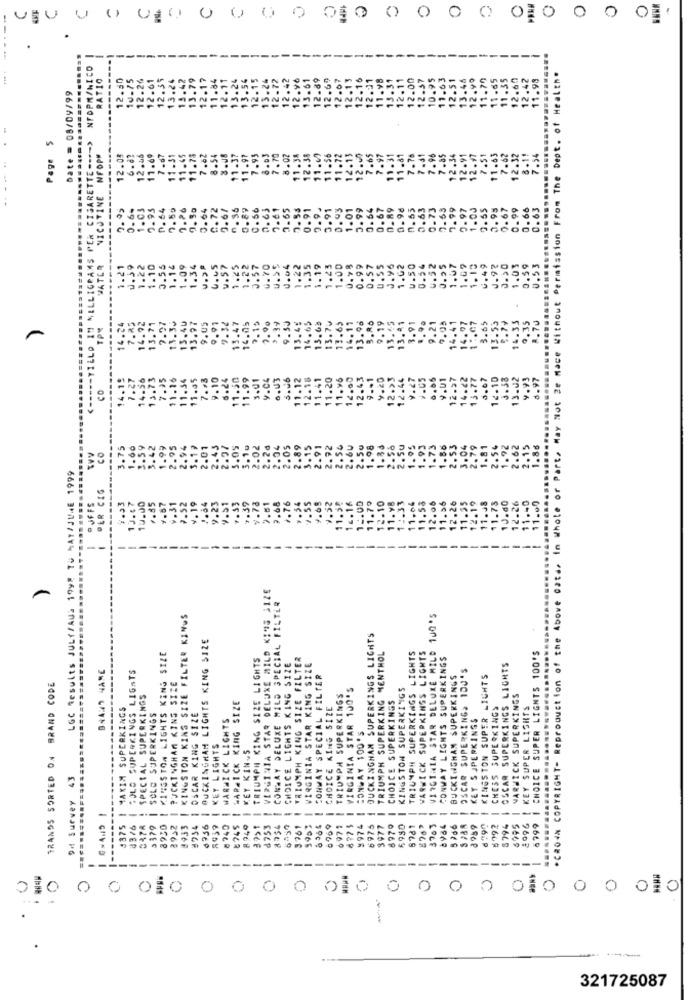
£100000
U
0
0
0
0 0
RATIO
12.30
10.75
12.26
12.61
12.35
13.24
13.42
13.79
12.17
.84
1.98
*CROWN COPYRIGHT- Reproduction of the Above cata, In Whole or Part. May Not Be Mace Without Permission From The Dept. of Health.
Date = 08/09/99
Page 5
ILLIGRAMS PER CIGARETTE ---- >
11.69
NFOPM
12.05
NICOTINE
1.73
. 64
0.59
0.26
3.64
0.72
9.67
0.89
56
0.63
7.61
3.65
7.53
.91
2.9.
3.91
0.93
1.01
3.99
0.64
0.67
.89
- 98
0.55
.63
0.73
0.53
7.99
0.97
1.00
3.55
0.95
0.67
0.99
0.66
0.63
0.98
0.57
WATER
1.21
.59
.22
. 10
0.55
1.14
1.09
1.34
4.45
v.57
1.25
1.22
0.57
0. 70
U.S5
0.04
1.22
1.35
1.19
1.23
1.00
0.99
0.55
0.96
1.62
4.50
0.54
U.52
0,25
1.07
1.09
1. 10
4.49
J.92
1.03
0.59
0.53
1.65
.19
13.41
3.91
9.21
9.05
14.41
16.97
10.07
3.65
13.53
14.33
.35
.70
3.47
14.05
7.15
11.50
11.99
3.01
9.C4
6.U3
1.20
2.43
.. 1
4.20
12.>3
12.44
9.27
0.06
V.01
12.37
14.42
13.77
3.67
12.10
3.58
13.02
4.93
6.97
Su
.93
3.75
2.01
OS
.89
50
2.50
98
58
.73
1.86
2.53
3.04
2.79
81
.86
CO
LGC Results JULf/AUS 199! TO MAT/JUNE 1999
DER CIG
1.85
12.00
33
58
2.26
11.35
19
.73
.do
.26
.- 0
11.00
O JFFS
13.4
10.00
v.31
9.52
4.19
9.23
7.39
v.78
9.68
76
12.16
11.7
2.10
11. y
1.36
.48
11.1
-
-
-
VIRGINIA STAR DELUXE MILD KIAS SIZE
CONMAY DELUXE MILD SPECIAL FILTER
KINGSTON KING SIZE FILTER KINGS
VIRGINIA STAR DELUXE MILD 100'S
BUCKINGHAM LIGHTS KING SIZE
BUCKINGHAM SUPERKINGS LIGHTS
6799 | CHOICE SUPER LIGHTS 100'S
KINGSTON LIGHTS KING SIZE
TRIUMPH KING SIZE LIGHTS
TRIUMPH KING SIZE FILTER
VIRGINIA STAR KING SIZE
TRIUMPH SUPERKING MENTHOL
TRIUMPH SUPERKINGS LIGHTS
WARWICK SUPERKINSS LIGHTS
CONWAY LIGHTS SUPERKINGS
B44:47 NAME
SOLD SUPERKINGS LIGHTS
CHOICE LIGHTS KING SIZE
OSCAR SUPERKING. 100'S
OSCAR SUPERKINGS LIGHTS
BUCKINGHAM KING SIZE
CONWAY SPECIAL FILTER
BUCKINGHAM SUPERKINGS
6790 | KINGSTON SUPER LIGHTS
TRANDS SORTED ON BRAND CODE
VIRGINIA STAR 100'S
KINGSTON SUPERKINGS
SPECIAL SUPERKINGS
TRIUMPH SUPERKINGS
CHOICE SUPERKINGS
WARWICK SUPERKINGS
MAXIM SUPERKINGS
WARWICK KING SIZE
CHOICE KING SIZE
CHESS SUPERKINGS
2996 | KEY SUPER LIGHTS
SOLO SUPERKINGS
OSCAR KING SIZE
WARWICK LIGHTS
KEY SUPERKINGS
KEY LIGHTS
CONWAY 100'S
KEY KIN~5
9H Survey 43
4375 1
-----
--
--
-
--
-
5706
8794
6995
-
8376
347A
8930
3932
1933
#234
0750
8 740
8745
8949
3?>
1753
8756
3761
9903
8 364
6769
6971
9974
6975
3977
6979
$980
8781
3763
8984
$ 992
--
--
-
---
--
-
-------
----
--- "
010
0
0
00
321725087